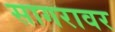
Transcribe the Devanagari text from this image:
सागरावर